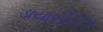
ડાયાબીટીઝ